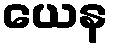
ယေန